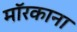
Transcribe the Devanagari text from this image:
मॉरकाना